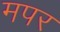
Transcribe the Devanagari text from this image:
मपर